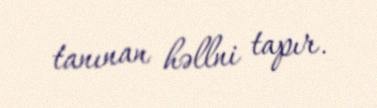
tanınan həllni tapır.